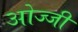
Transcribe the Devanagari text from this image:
ओज्जी